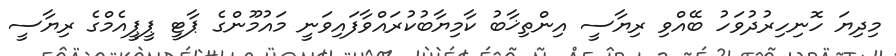
މިދިޔަ ހޮނިހިރުދުވަހު ބޭއްވި ރިޔާސީ އިންތިޚާބު ކާމިޔާބުކުރައްވާފައިވަނީ މައުމޫންގެ ޕާޓީ ޕީޕީއެމްގެ ރިޔާސީ